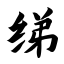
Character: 绨